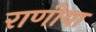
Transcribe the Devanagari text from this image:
राणीया